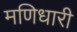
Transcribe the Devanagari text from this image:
मणिधारी